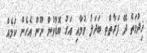
ޚިދުމަތް ދޭ ފަރާތްތ ބަދަލު ވުމާއި އަގު ބޮޑުވުން ނޫން އެހެން ކަމެއް